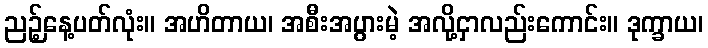
ညဉ့်နေ့ပတ်လုံး။ အဟိတာယ၊ အစီးအပွားမဲ့ အလို့ငှာလည်းကောင်း။ ဒုက္ခာယ၊